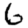
Digit: 6